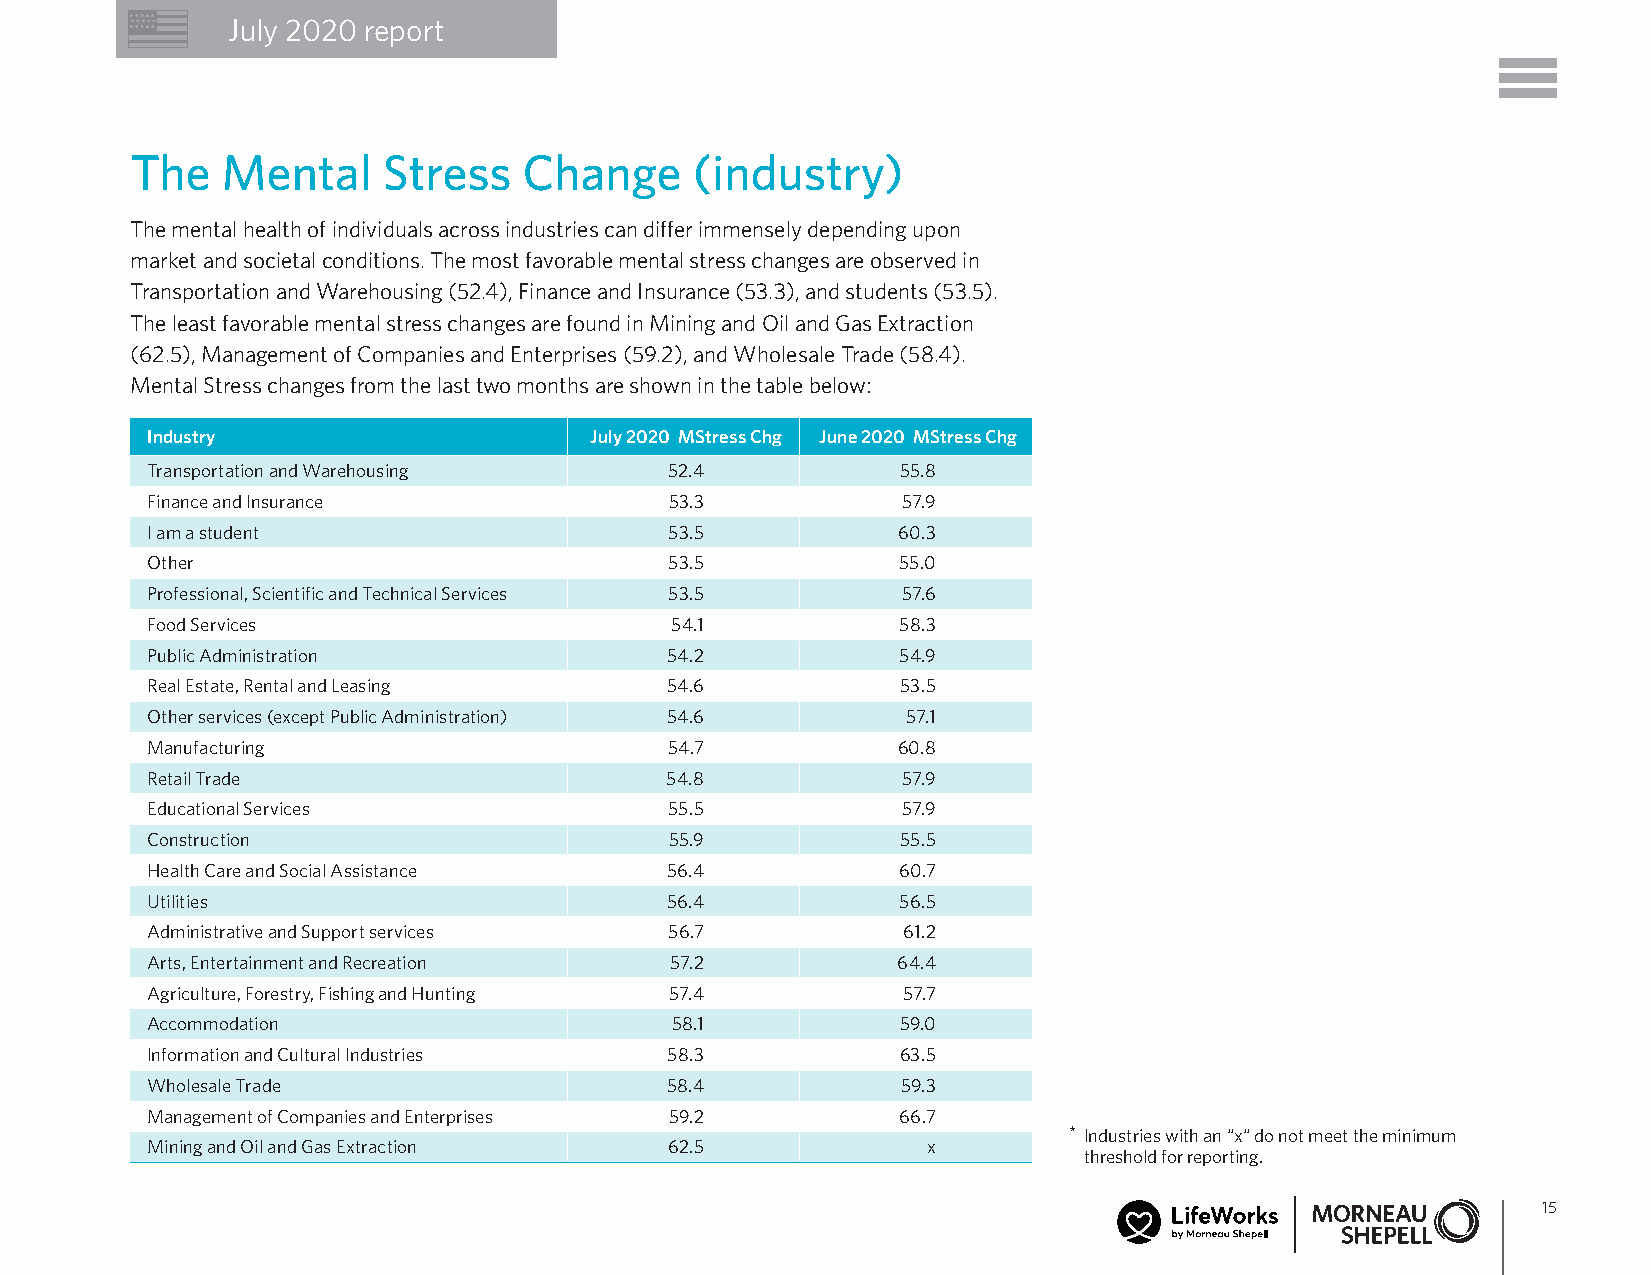
July 2020 report
 The   Mental    Stress    Change     (industry)
 The mental health of individuals across industries can differ immensely depending upon
 market and societal conditions. The most favorable mental stress changes are observed in
 Transportation and Warehousing (52.4), Finance and Insurance (53.3), and students (53.5).
 The least favorable mental stress changes are found in Mining and Oil and Gas Extraction
 (62.5), Management of Companies and Enterprises (59.2), and Wholesale Trade (58.4).
 Mental Stress changes from the last two months are shown in the table below:
 Industry                     July 2020 MStress Chg June 2020 MStress Chg
 Transportation and Warehousing    52.4            55.8
 Finance and Insurance             53.3            57.9
 I am a student                    53.5           60.3
 Other                             53.5           55.0
 Professional, Scientific and Technical Services 53.5 57.6
 Food Services                     54.1            58.3
 Public Administration             54.2            54.9
 Real Estate, Rental and Leasing   54.6            53.5
 Other services (except Public Administration) 54.6 57.1
 Manufacturing                     54.7           60.8
 Retail Trade                      54.8            57.9
 Educational Services              55.5            57.9
 Construction                      55.9            55.5
 Health Care and Social Assistance 56.4           60.7
 Utilities                         56.4           56.5
 Administrative and Support services 56.7          61.2
 Arts, Entertainment and Recreation 57.2          64.4
 Agriculture, Forestry, Fishing and Hunting 57.4   57.7
 Accommodation                     58.1            59.0
 Information and Cultural Industries 58.3          63.5
 Wholesale Trade                   58.4            59.3
 Management of Companies and Enterprises 59.2      66.7
 * Industries with an “x“ do not meet the minimum
 Mining and Oil and Gas Extraction 62.5             x
 threshold for reporting.
 15